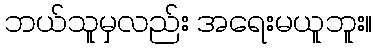
ဘယ်သူမှလည်း အရေးမယူဘူး။